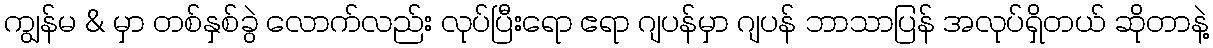
ကျွန်မ & မှာ တစ်နှစ်ခွဲ လောက်လည်း လုပ်ပြီးရော ဧရာ ဂျပန်မှာ ဂျပန် ဘာသာပြန် အလုပ်ရှိတယ် ဆိုတာနဲ့